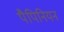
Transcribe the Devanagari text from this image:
पैपिनियन